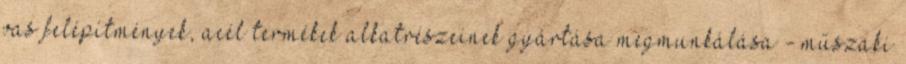
vas felépítmények, acél termékek alkatrészeinek gyártása megmunkálása - műszaki